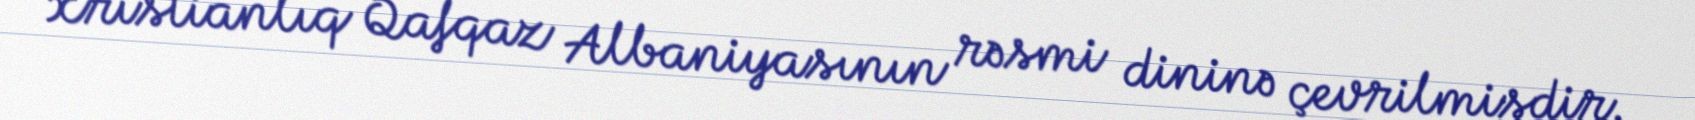
xristianlıq Qafqaz Albaniyasının rəsmi dininə çevrilmişdir.